Leaving Certificate Examination, 1909
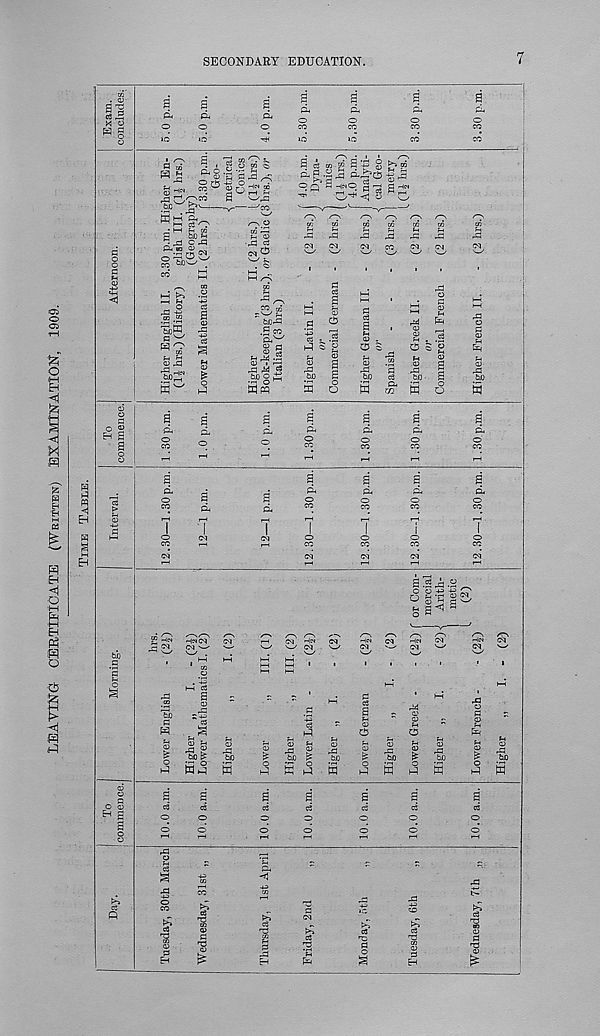
SECONDARY EDUCATION.
7
.05
O
ce 5
x o
a
fi.
a
Cu
a
04
o
04
a
d.
'-'rO
5 ^ c ^
d BO O
fajDrC
bbffl
O C3
^ ^ -5
&x) o d
? 2 S §
d a .a ,3 dd 3
s£ a^j *
r j/'^1 -a^ o
8 £*5
- ^ FH £
0
5 g
M o
Pi
c3
04
m W o
H a
a
d
a
d
a
d
04
o
a
d
o
a
d
a
d
a
d
a
d
a
d
a
d
a .a ,a .a ^
g B ”
fco
o
a o
rO
S-t- 3
C3
£ s.
w ^
§
a F-t
O
cb
WD
S
w
w
w
cS
co 03
S3
EH
2
EH
'T3
o
&
(3
n3 co
03
3
EH
d
nd